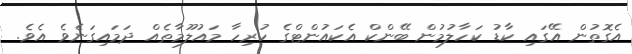
އެގޮތުން އޭގައި ކާޑު ކަހާލުމުން ބޭންކް އެކައުންޓްގެ ހުރިހާ މައުލޫމާތެއް ދަމައިގަނެވެ އެވެ.